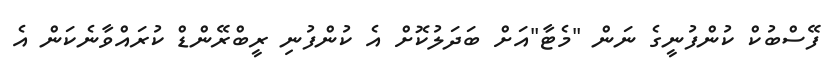
ފޭސްބުކް ކުންފުނީގެ ނަން "މެޓާ"އަށް ބަދަލުކޮށް އެ ކުންފުނި ރީބްރޭންޑް ކުރައްވާނެކަން އެ